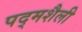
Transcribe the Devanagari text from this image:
पद्मशैली